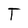
Character: T